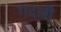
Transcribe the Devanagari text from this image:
गंदली